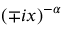
\left( \mp i x \right) ^ { - \alpha }